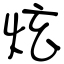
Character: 炫